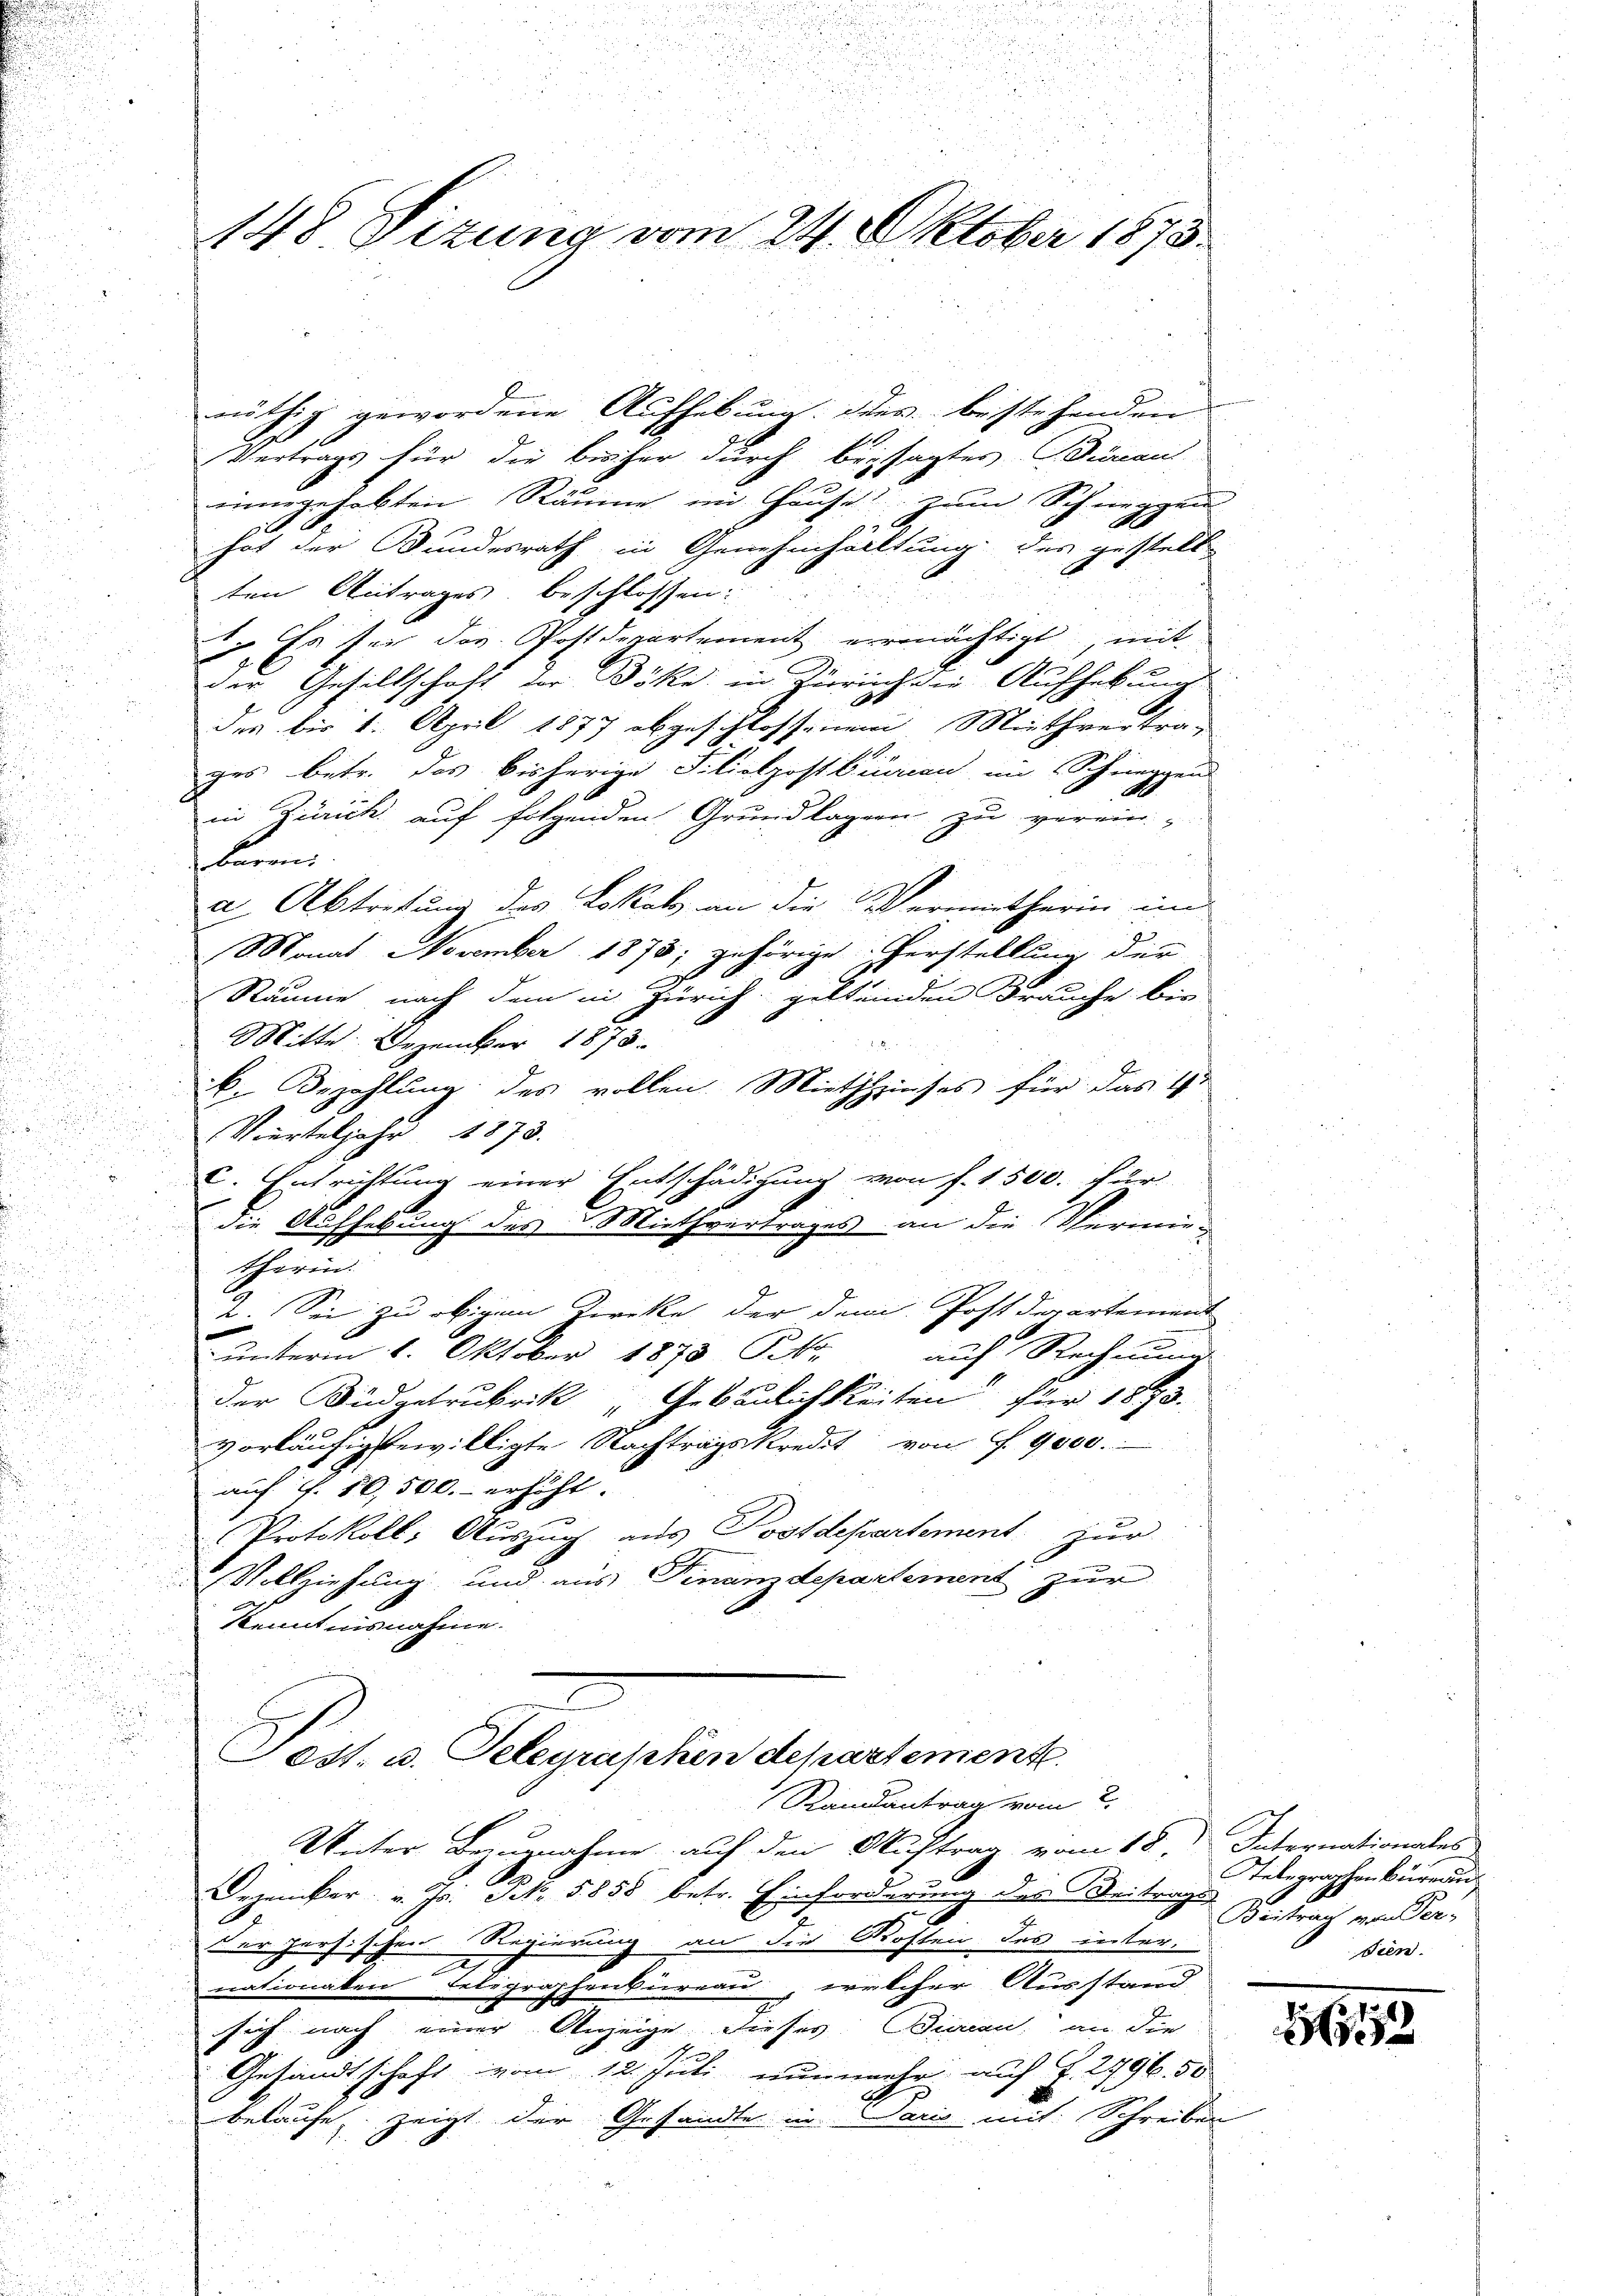
148 Sizung vom 24. Oktober 1873.

Vertrags für die bisher durch beysagter Bureaul
eingehabten Räume im Hause zum Schnerzen
x
hat der Bundesrath in Genehmhälltung des gestell
ten Antrages beschlossen:
in Er für der Postdepartement ermächtigt, mit
u
der Gesellschaft vor Böke in Zürich die Aufhebung
des bis 1. April 1877 abgeschlossenen Miethvertra-
1
ges betr. das bisherige Filiolpostkumen im Schreggen
in Zürich auf folgenden Grundlagen zu verein-
kans
a. Abtretung des Lokals an die Vermitherin im
Monat November 1875; gehörige Verstellung der
Räume nach dem in Zürich geltenden Frauche bis
Mitte. Dezember 1873.
B. Bezahlung des vollen Miethzinses für das 4t
Vierteljahr 1873.
C. Entrichtung einer Entschädigung von f. 1500. für
die Aufhebung des Miethvertrages an die Vermietherin.
2. Sei zu obigem Kircke der dem Postdepartement
unterm 16. Oktober 1873 NNo.
auf Rechnung
der Büdgetrubrik „Gebäulichkeiten für 1873.
vorläufig bewilligte Nachtragskredit von f. 9000.
auf §. 10,500.- erhöht.
Protokoll: Auszug aus Postdepartement zur
Vollziehung und aus Finanzdepartement zur
skenntnisnahme.
est. u. Telegraphen departement
Randantrag vom 2.
Unter Bezugnahme auf den Auftrag vom 18. Internationales
Dezember v. Js. Frk. 5858 betr. Einforderung des Beitrags
der herzischen Regierung an die Kosten des internationalen Belegraphenbüreau, welcher Ausstand
sich nach einer Anzeige dieses Bian, an die
Gesandtschaft vom 12. Juli nunmehr auf S. 2796. 50
belaufe, zeigt der Gesandte in Paris mit Schreiben

nöthig gewordene Aufhebung des bestehenden

Telegraphen Büreau
Beitrag von Persien.

1619